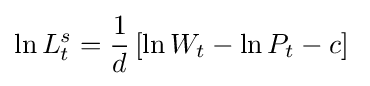
\ln {L_{t}^{s}}={\frac {1}{d}}\left[\ln {W_{t}}-\ln {P_{t}}-c\right]\;